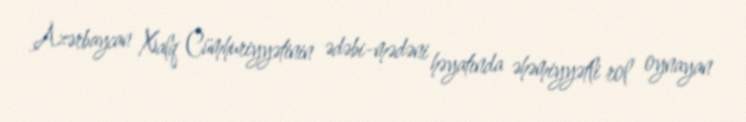
Azərbaycan Xalq Cümhuriyyətinin ədəbi-mədəni həyatında əhəmiyyətli rol oynayan